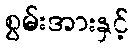
စွမ်းအားနှင့်